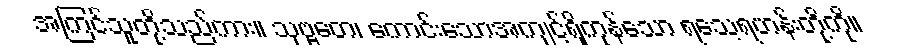
အကြင်သူတို့သည်ကား။ သုဗ္ဗတေ၊ ကောင်းသောအကျင့်ရှိကုန်သော ရသေ့ရဟန်းတို့ကို။